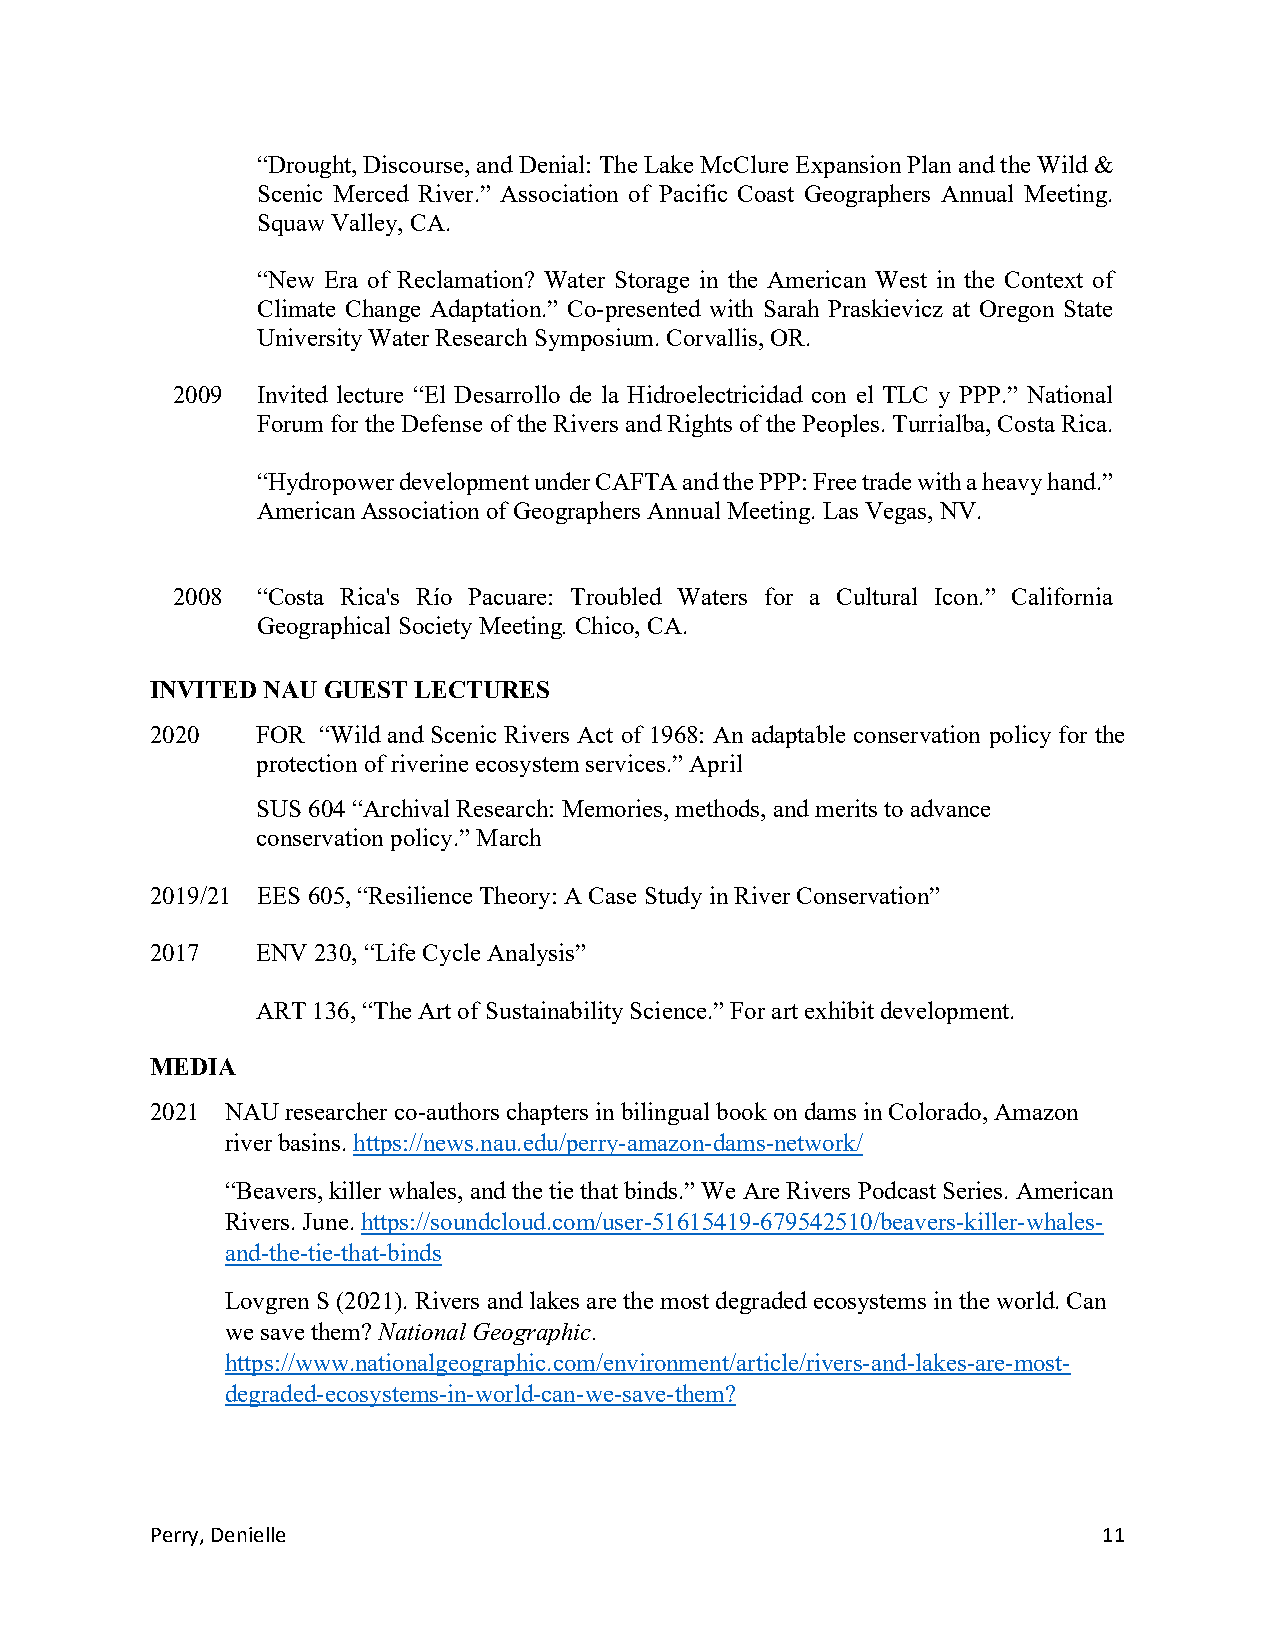
“Drought, Discourse, and Denial: The Lake McClure Expansion Plan and the Wild &
 Scenic Merced River.” Association of Pacific Coast Geographers Annual Meeting.
 Squaw Valley, CA.
 “New Era of Reclamation? Water Storage in the American West in the Context of
 Climate Change Adaptation.” Co-presented with Sarah Praskievicz at Oregon State
 University Water Research Symposium. Corvallis, OR.
 2009  Invited lecture “El Desarrollo de la Hidroelectricidad con el TLC y PPP.” National
 Forum for the Defense of the Rivers and Rights of the Peoples. Turrialba, Costa Rica.
 “Hydropower development under CAFTA and the PPP: Free trade with a heavy hand.”
 American Association of Geographers Annual Meeting. Las Vegas, NV.
 2008  “Costa Rica's Río Pacuare: Troubled Waters for a Cultural Icon.” California
 Geographical Society Meeting. Chico, CA.
 INVITED NAU GUEST LECTURES
 2020   FOR “Wild and Scenic Rivers Act of 1968: An adaptable conservation policy for the
 protection of riverine ecosystem services.” April
 SUS 604 “Archival Research: Memories, methods, and merits to advance
 conservation policy.” March
 2019/21 EES 605, “Resilience Theory: A Case Study in River Conservation”
 2017   ENV 230, “Life Cycle Analysis”
 ART 136, “The Art of Sustainability Science.” For art exhibit development.
 MEDIA
 2021 NAU researcher co-authors chapters in bilingual book on dams in Colorado, Amazon
 river basins. https://news.nau.edu/perry-amazon-dams-network/
 “Beavers, killer whales, and the tie that binds.” We Are Rivers Podcast Series. American
 Rivers. June. https://soundcloud.com/user-51615419-679542510/beavers-killer-whales-
 and-the-tie-that-binds
 Lovgren S (2021). Rivers and lakes are the most degraded ecosystems in the world. Can
 we save them? National Geographic.
 https://www.nationalgeographic.com/environment/article/rivers-and-lakes-are-most-
 degraded-ecosystems-in-world-can-we-save-them?
 Perry, Denielle                                                11